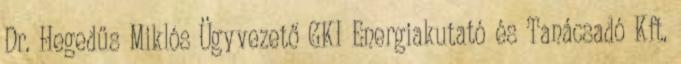
Dr. Hegedűs Miklós Ügyvezető GKI Energiakutató és Tanácsadó Kft.